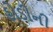
હોડીની